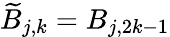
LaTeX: \widetilde{B}_{j,k}=B_{j,2k-1}